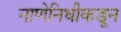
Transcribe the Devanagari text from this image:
नाणेनिधीकडून